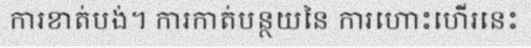
ការខាត់បង់។ ការកាត់បន្ថយនៃ ការហោះហើរនេះ